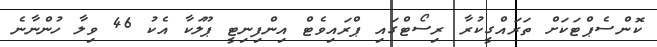
ކޮންސެޕްޓަކަށް ތަރައްގީކުރާ ރިސޯޓްގައި ޕްރައިވެޓް އިންފިނިޓީ ޕޫލަކާ އެކު 46 ވިލާ ހުންނާނެ